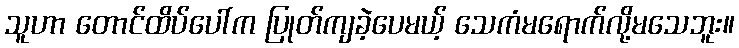
သူဟာ တောင်ထိပ်ပေါ်က ပြုတ်ကျခဲ့ပေမယ့် သေကံမရောက်လို့မသေဘူး။